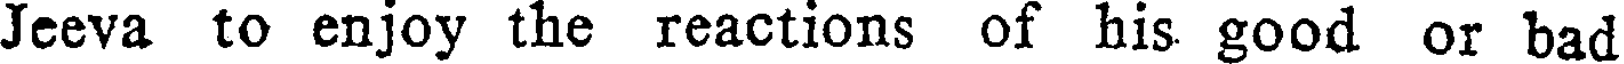
Jeeva to enjoy the reactions of his good or bad